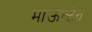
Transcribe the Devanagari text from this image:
माऊन्टेन